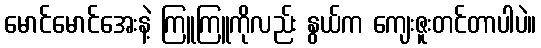
မောင်မောင်အေးနဲ့ ကြူကြူကိုလည်း နွယ်က ကျေးဇူးတင်တာပါပဲ။